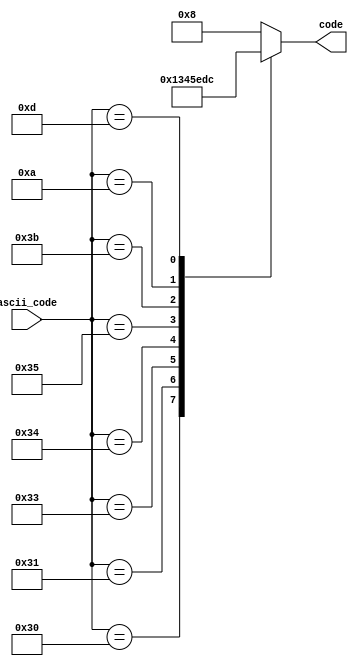
`timescale 1ns / 1ps
//////////////////////////////////////////////////////////////////////////////////
// Company: 
// Engineer: 
// 
// Design Name: 
// Module Name: ASCII_DECODER
// Project Name: 
// Target Devices: 
// Tool Versions: 
// Description: 
// 
// Dependencies: 
// 
// Revision:
// Revision 0.01 - File Created
// Additional Comments:
// 
//////////////////////////////////////////////////////////////////////////////////


module ASCII_DECODER(ascii_code, code);
input [7:0] ascii_code;
output reg [3:0] code;
    
always @(*) begin
    case (ascii_code)
        8'h30: code <= 4'b0000;// 0
        8'h31: code <= 4'b0001;// 1
        
        8'h33: code <= 4'b0011;// 3
        8'h34: code <= 4'b0100;// 4
        8'h35: code <= 4'b0101;// 5
            
        8'h3b: code <= 4'b1110;// ;
        8'h0a: code <= 4'b1101;// LF
        8'h0d: code <= 4'b1100;// CR
        
        default: code <= 4'b1000;
    endcase
end
endmodule